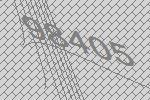
98405